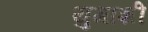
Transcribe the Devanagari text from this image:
युगाशी